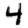
Digit: 4